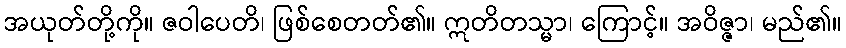
အယုတ်တို့ကို။ ဇဝါပေတိ၊ ဖြစ်စေတတ်၏။ ဣတိတသ္မာ၊ ကြောင့်။ အဝိဇ္ဇာ၊ မည်၏။